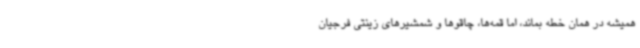
همیشه در همان خطه بماند، اما قمه‌ها، چاقوها و شمشیرهای زینتی فرجیان